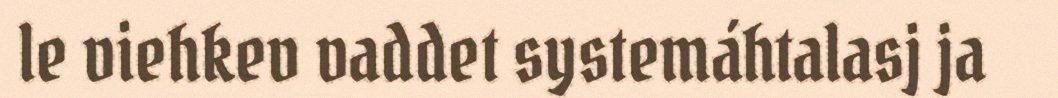
le viehkev vaddet systemáhtalasj ja